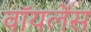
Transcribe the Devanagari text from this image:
वॉयलेंस